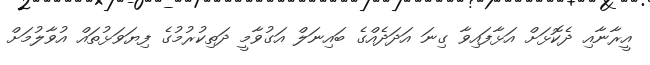
އީރާނާއި ދެކޮޅަށް އަޅާފައިވާ ގިނަ އަދަދެއްގެ ބައިނަލް އަގުވާމީ ދަތިކުރުމުގެ ފިޔަވަޅުތައް އުވާލުމަށް